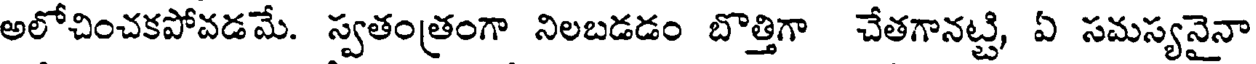
అలోచించకపోవడమే. స్వతంత్రంగా నిలబడడం బొత్తిగా చేతగానట్టి, ఏ సమస్యనైనా